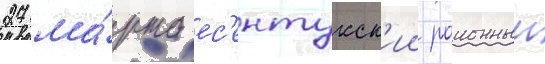
27 ма́рта ес'ентукск'ии раионныи